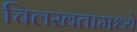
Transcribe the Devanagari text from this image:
चिलखतामध्ये